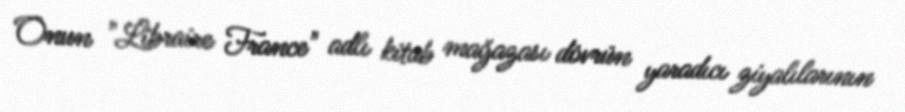
Onun "Libraire France" adlı kitab mağazası dövrün yaradıcı ziyalılarının